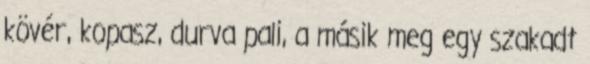
kövér, kopasz, durva pali, a másik meg egy szakadt